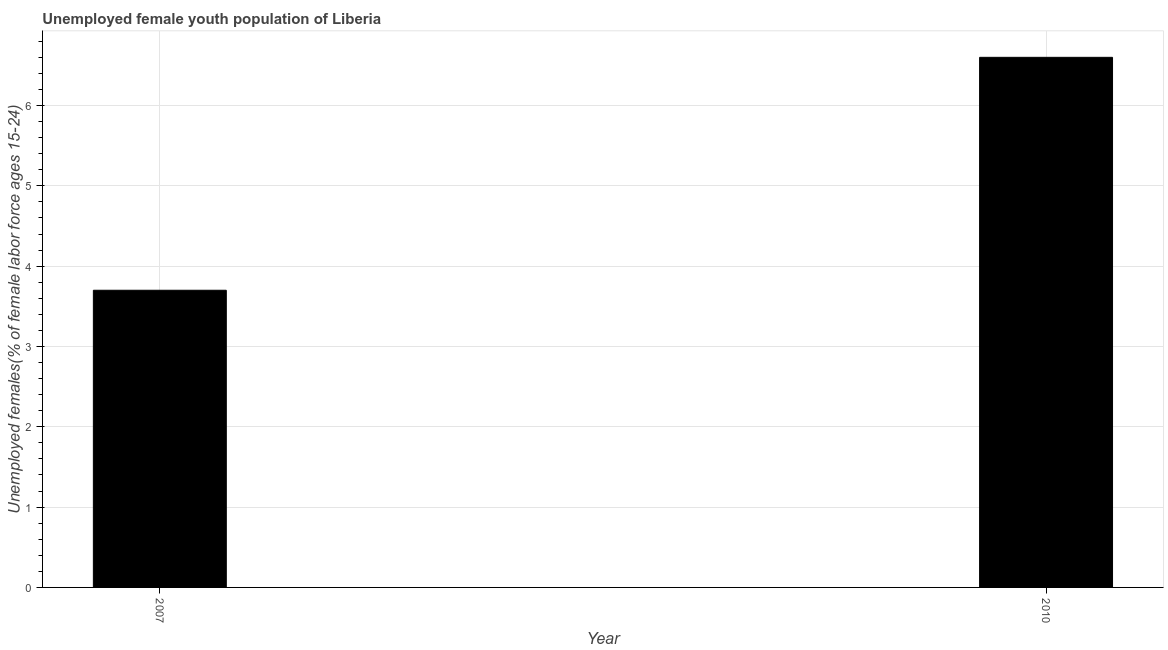
| Year | Unemployment youth female |
 | --- | --- |
 | 2007 | 3.7 |
 | 2010 | 6.6 |